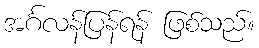
အင်္ဂလန်ပြန်ရန် ဖြစ်သည်။